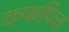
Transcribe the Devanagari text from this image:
कफपित्त